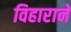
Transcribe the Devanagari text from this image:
विहाराने